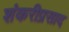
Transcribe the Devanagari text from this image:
शंकरीप्रसाद